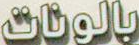
بالونات